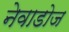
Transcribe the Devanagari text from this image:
नेवाडोज